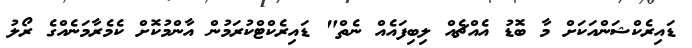
ޑައިރެކްޝަންއަކަށް މާ ބޮޑު އެއްޗެއް ލިބިފައެއް ނެތް" ޑައިރެކްޓްކުރަމުން އާންމުކޮށް ކެމެރާމަނެއްގެ ރޯލު